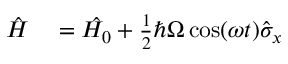
\begin{array} { r l } { \hat { H } } & { { } = \hat { H _ { 0 } } + \frac { 1 } { 2 } \hbar \Omega \cos ( \omega t ) \hat { \sigma } _ { x } } \end{array}